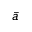
\bar { a }